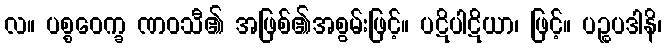
လ။ ပစ္စဝေက္ခ ဏဝသီ၏ အဖြစ်၏အစွမ်းဖြင့်။ ပဋိပါဋိယာ၊ ဖြင့်။ ပဉ္စပဒါနိ၊